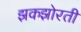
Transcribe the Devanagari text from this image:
झकझोरती